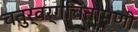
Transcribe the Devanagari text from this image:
चतुर्वर्गचिंतामणी